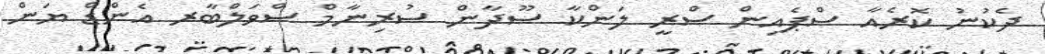
ދެކުނު ކޮރެއާ ސްޕެއިން ސްރީ ލަންކާ ސޫދާން ސުރިނާމް ސްވަލްބާރ އެންޑް ޔަން